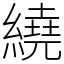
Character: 繞